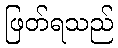
ဖြတ်ရသည်